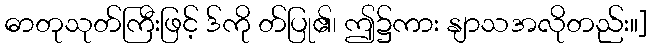
ဓာတုသုတ်ကြီးဖြင့် ဒ်ကို တ်ပြု၏၊ ဤ၌ကား နျာသအလိုတည်း။]